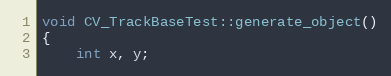
Language: C++
void CV_TrackBaseTest::generate_object()
{
    int x, y;